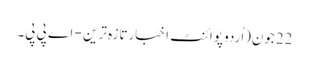
22جون(اُردو پوائنٹ اخبارتازہ ترین - اے پی پی۔